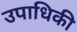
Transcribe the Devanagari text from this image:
उपाधिकी